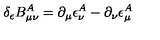
\delta _ { \epsilon } B _ { \mu \nu } ^ { A } = \partial _ { \mu } \epsilon _ { \nu } ^ { A } - \partial _ { \nu } \epsilon _ { \mu } ^ { A }